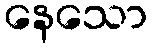
နေသော